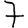
Digit: 7